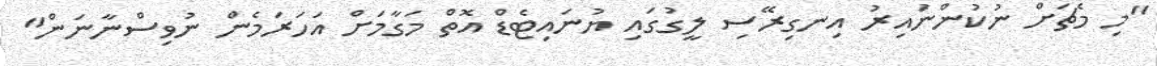
"މި މެޗަށް ނުކުންނައިރު އިނގިރޭސި ލީގުގައި ޔުނައިޓެޑް އޮތް މަގާމަށް އަހަރަމެން ނުވިސްނާނަން"